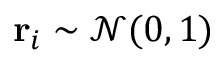
\mathbf { r } _ { i } \sim \mathcal { N } ( 0 , 1 )